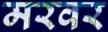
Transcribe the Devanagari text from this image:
मरवर